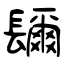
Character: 镾